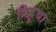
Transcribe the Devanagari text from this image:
बिहूचा